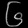
Digit: ၆